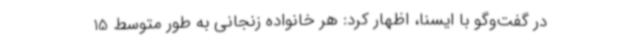
در گفت‌وگو با ایسنا، اظهار کرد: هر خانواده زنجانی به طور متوسط 15